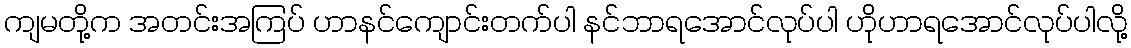
ကျမတို့က အတင်းအကြပ် ဟာနင်ကျောင်းတက်ပါ နင်ဘာရအောင်လုပ်ပါ ဟိုဟာရအောင်လုပ်ပါလို့